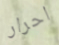
احرار